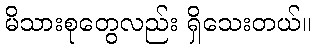
မိသားစုတွေလည်း ရှိသေးတယ်။